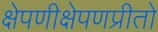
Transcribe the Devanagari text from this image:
क्षेपणीक्षेपणप्रीतो